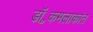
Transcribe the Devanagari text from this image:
डॉ॰कमलाकांत